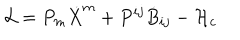
LaTeX: { \cal L } = P _ { m } \dot { X } ^ { m } + P ^ { i j } \dot { B } _ { i j } - { \cal H } _ { c }